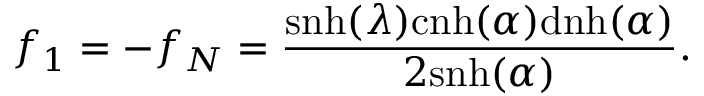
f _ { 1 } = - f _ { N } = \frac { \mathrm { s n h } ( \lambda ) \mathrm { c n h } ( \alpha ) \mathrm { d n h } ( \alpha ) } { 2 \mathrm { s n h } ( \alpha ) } .